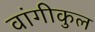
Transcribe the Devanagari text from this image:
वांगीकुल